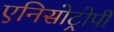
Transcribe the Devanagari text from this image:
एनिसोट्रोपी